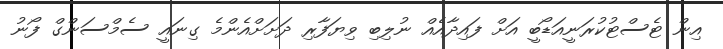
އިން ޓެސްޓުކުރަނީއަޑޯބީ އަށް ފައިދާއެއް ނުލިބި ވިޔަފާރި ދަށަށްއެންމެ ގިނައީ ސެމްސަންގް ފޯނު